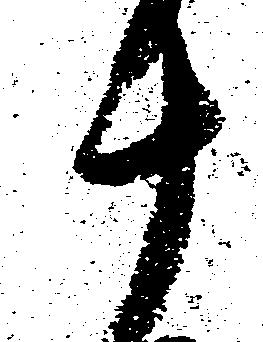
十